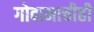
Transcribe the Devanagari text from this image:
गोदामाचीही